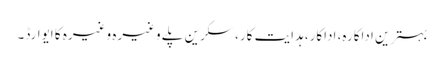
بہترین اداکارہ، اداکار، ہدایت کار، سکرین پلے وغیرہ وغیرہ کا ایوارڈ۔